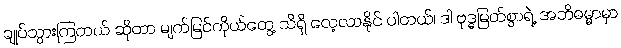
ချုပ်သွားကြတယ် ဆိုတာ မျက်မြင်ကိုယ်တွေ့ သိရှိ လေ့လာနိုင် ပါတယ်၊ ဒါ ဗုဒ္ဓမြတ်စွာရဲ့ အဘိဓမ္မာမှာ